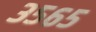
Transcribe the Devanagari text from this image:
३५६५